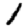
Digit: 1